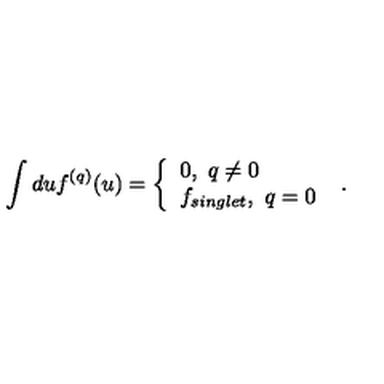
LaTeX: \int d u f ^ { ( q ) } ( u ) = \left\{ \begin{array} { l l } { 0 , \ q \neq 0 } \\ { f _ { s i n g l e t } , \ q = 0 } \\ \end{array} \right. \ .